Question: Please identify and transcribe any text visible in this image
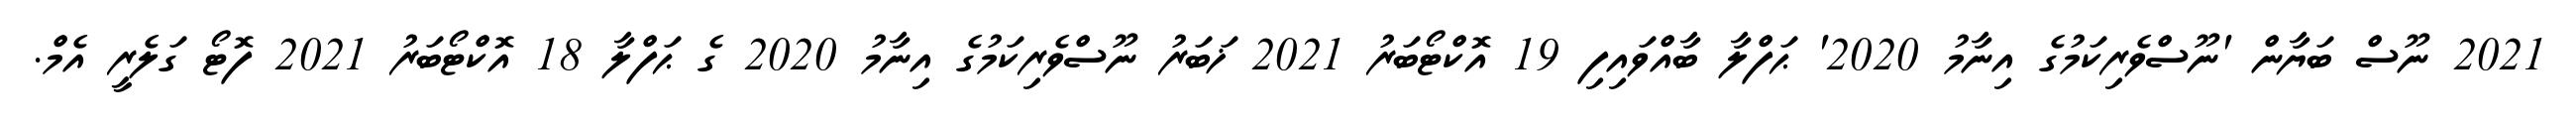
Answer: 2021 ނޫސް ބަޔާން 'ނޫސްވެރިކަމުގެ އިނާމު 2020' ޙަފްލާ ބާއްވައިފި 19 އޮކްޓޯބަރު 2021 ޚަބަރު ނޫސްވެރިކަމުގެ އިނާމު 2020 ގެ ޙަފްލާ 18 އޮކްޓޯބަރު 2021 ފޮޓޯ ގަލެރީ އެމް.